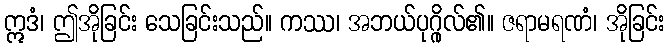
ဣဒံ၊ ဤအိုခြင်း သေခြင်းသည်။ ကဿ၊ အဘယ်ပုဂ္ဂိုလ်၏။ ဇရာမရဏံ၊ အိုခြင်း